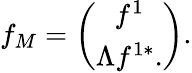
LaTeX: f_{M}=\left(\begin{array}{c}{{f^{1}}}\\ {{\Lambda f^{1*}.}}\end{array}\right).